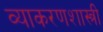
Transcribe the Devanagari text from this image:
व्याकरणशास्त्री